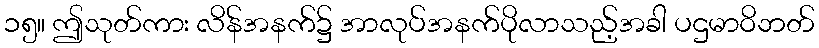
၁၅။ ဤသုတ်ကား လိန်အနက်၌ အာလုပ်အနက်ပိုလာသည့်အခါ ပဌမာဝိဘတ်